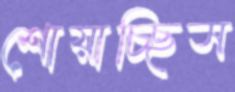
শোয়াচ্ছিস